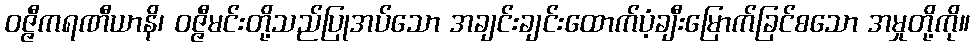
ဝဇ္ဇီကရဏီယာနိ၊ ဝဇ္ဇီမင်းတို့သည်ပြုအပ်သော အချင်းချင်းထောက်ပံ့ချီးမြောက်ခြင်စသော အမှုတို့ကို။